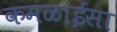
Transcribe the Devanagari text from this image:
कमळाईसा